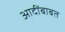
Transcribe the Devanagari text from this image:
आदींबाबत